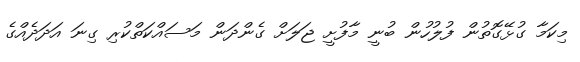
މިކަމާ ގުޅޭގޮތުން ފުލުހުން ބުނީ މާފުށީ ޖަލަށް ގެންދަން މަސައްކަތްކުރި ގިނަ އަދަދެއްގެ